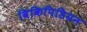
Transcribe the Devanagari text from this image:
विकिपिडियन